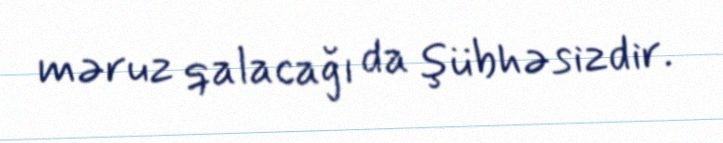
məruz qalacağı da şübhəsizdir.